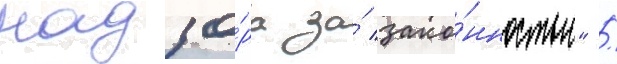
надзо́ра за́ зако́нностью" /